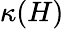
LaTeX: \kappa(H)